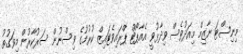
މިނިސްޓަ ނާޒިމް މިއަދުވެސް ވިދާޅުވީ އެއާޕޯޓް ޕްރައިވެޓައިޒް ކުރުމުގެ ވިސްނުން ސަރުކާރުން މިވަގުތު